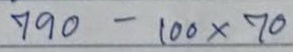
790 - 100x70